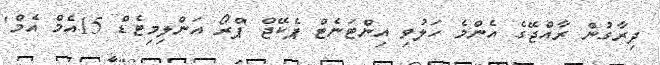
ދިރާގުން ރާއްޖޭގެ އެންމެ ހަލުވި އިންޓަނެޓް ޕެކޭޖް 'ޕްރޯ އަންލިމިޓެޑް 15އެމް އެމް'